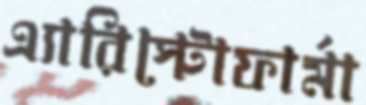
এ্যারিস্টোফার্মা